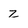
Character: Z